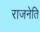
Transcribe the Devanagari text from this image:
राजनेति